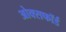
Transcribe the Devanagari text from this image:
ओक्सफॉर्ड